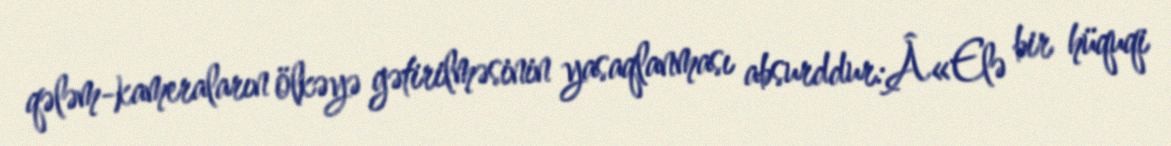
qələm-kameraların ölkəyə gətirilməsinin yasaqlanması absurddur:Â«Elə bir hüquqi